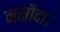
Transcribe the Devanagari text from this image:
मसौदा।